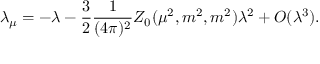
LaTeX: \lambda _ { \mu } = - \lambda - \frac { 3 } { 2 } \frac { 1 } { ( 4 \pi ) ^ { 2 } } Z _ { 0 } ( \mu ^ { 2 } , m ^ { 2 } , m ^ { 2 } ) \lambda ^ { 2 } + O ( \lambda ^ { 3 } ) .